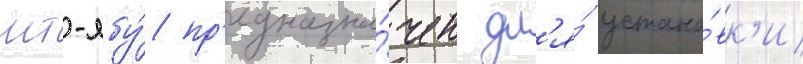
мт-лбу́ пр'едназна́чен дл'я́ устано́вк'и